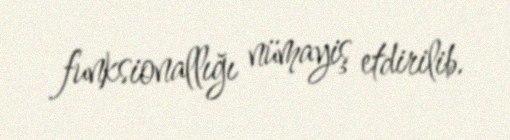
funksionallığı nümayiş etdirilib.